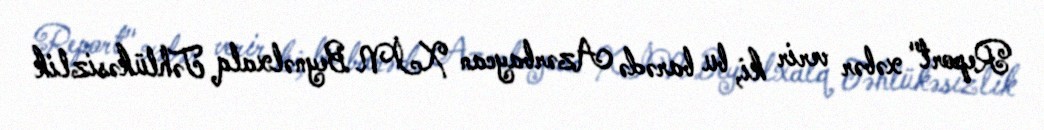
Report" xəbər verir ki, bu barədə Azərbaycan XİN Beynəlxalq Təhlükəsizlik